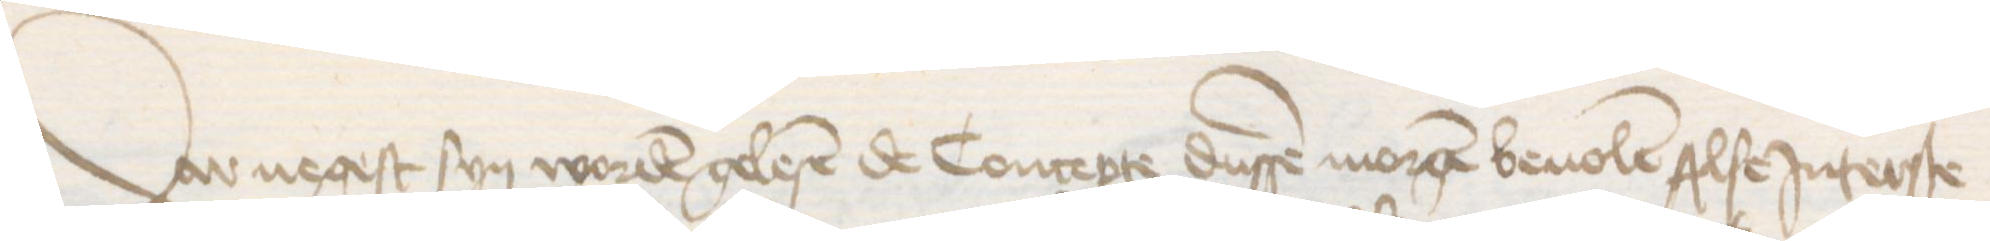
Dar negest syn worden gelesen de Concepte dussen morgen beuolen Alse Jnterste